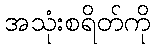
အသုံးစရိတ်ကို